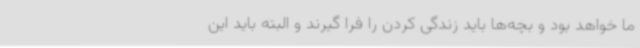
ما خواهد بود و بچه‌ها باید زندگی کردن را فرا گیرند و البته باید این